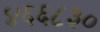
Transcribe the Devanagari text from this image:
४६६८३०